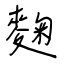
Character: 麴